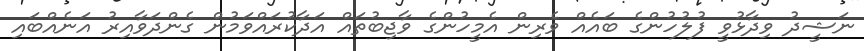
ނަޝީދު ވިދާޅުވީ ފުލުހުންގެ ބައެއް ވެރިން އެމީހުންގެ ވާޖިބުތައް އަދާކުރައްވަމުން ގެންދަވާއިރު އަނެއްބައި